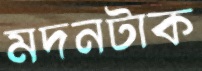
মদনটাক